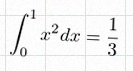
\int_0^1 x^2dx=\frac13